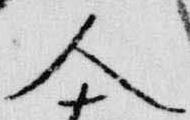
人